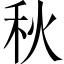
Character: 秋